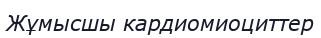
Жұмысшы кардиомиоциттер